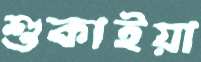
শুকাইয়া